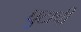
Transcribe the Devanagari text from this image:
घुटाची